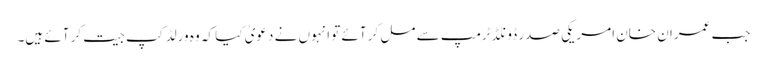
جب عمران خان امریکی صدر ڈونلڈ ٹرمپ سے مل کر آئے تو انہوں نے دعویٰ کیا کہ وہ ورلڈ کپ جیت کر آئے ہیں۔